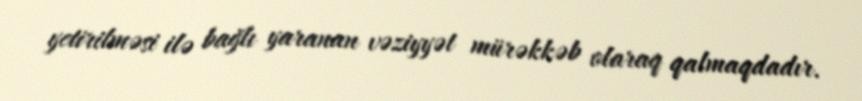
yetirilməsi ilə bağlı yaranan vəziyyət mürəkkəb olaraq qalmaqdadır.